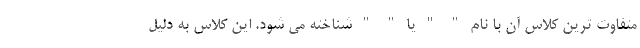
متفاوت ترین کلاس آن با نام " " یا " " شناخته می شود. این کلاس به دلیل